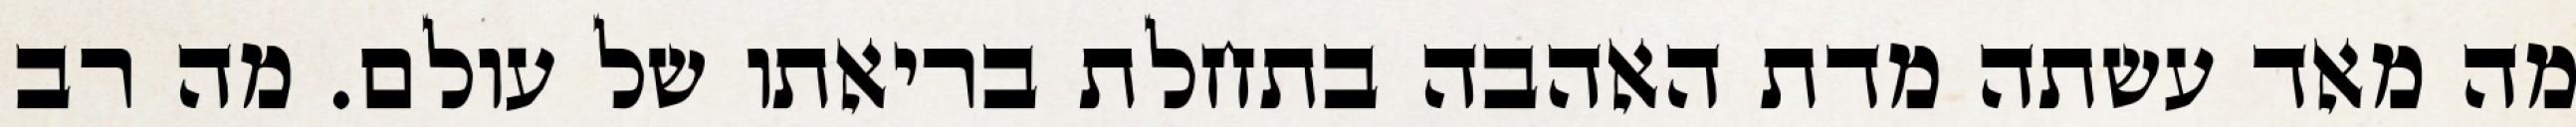
מה מאד עשתה מדת האהבה בתחלת בריאתו של עולם. מה רב